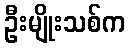
ဦးမျိုးသစ်က